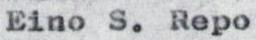
Eino S. Repo